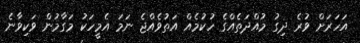
އަހަރަށް ވުރެ ދިގު މުއްދަތެއްގެ ހުކުމެއް އަތުވެއްޖެ ނަމަ އެމީހަކު މަގާމުން ވަކިވާނެ